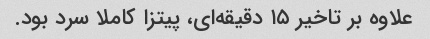
علاوه بر تاخیر ۱۵ دقیقه‌ای، پیتزا کاملا سرد بود.